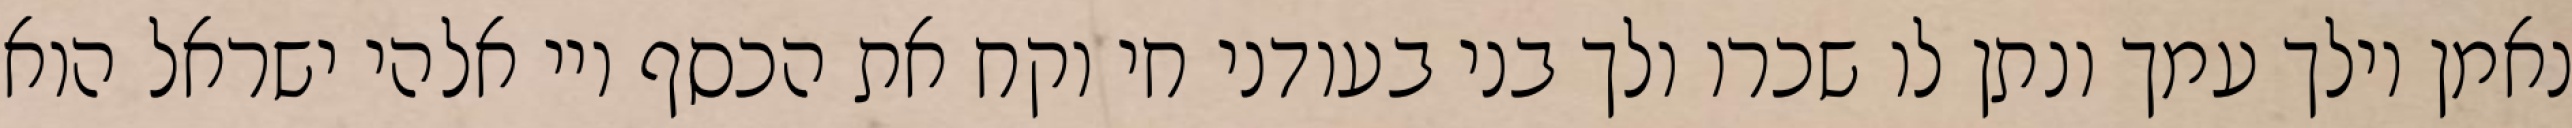
נאמן וילך עמך ונתן לו שכרו ולך בני בעודני חי וקח את הכסף ויי אלהי ישראל הוא